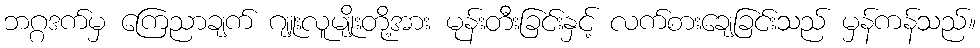
ဘဂ္ဂဒက်မှ ကြေညာချက် ဂျူးလူမျိုးတို့အား မုန်းတီးခြင်းနှင့် လက်စားချေခြင်းသည် မှန်ကန်သည်။